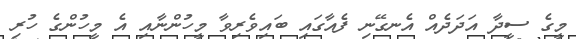
މީގެ ސީދާ އަދަދެއް އެނގޭނި ފެއާގައި ބައިވެރިވާ މީހުންނާއި އެ މީހުންގެ ހުރި